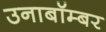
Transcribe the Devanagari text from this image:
उनाबॉम्बर